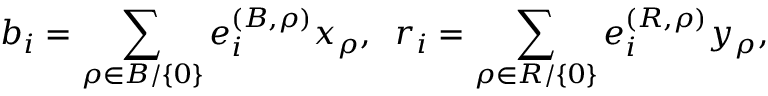
b _ { i } = \sum _ { \rho \in { \cal B } / \{ 0 \} } e _ { i } ^ { ( B , \rho ) } x _ { \rho } , \; \; r _ { i } = \sum _ { \rho \in { \cal R } / \{ 0 \} } e _ { i } ^ { ( R , \rho ) } y _ { \rho } ,